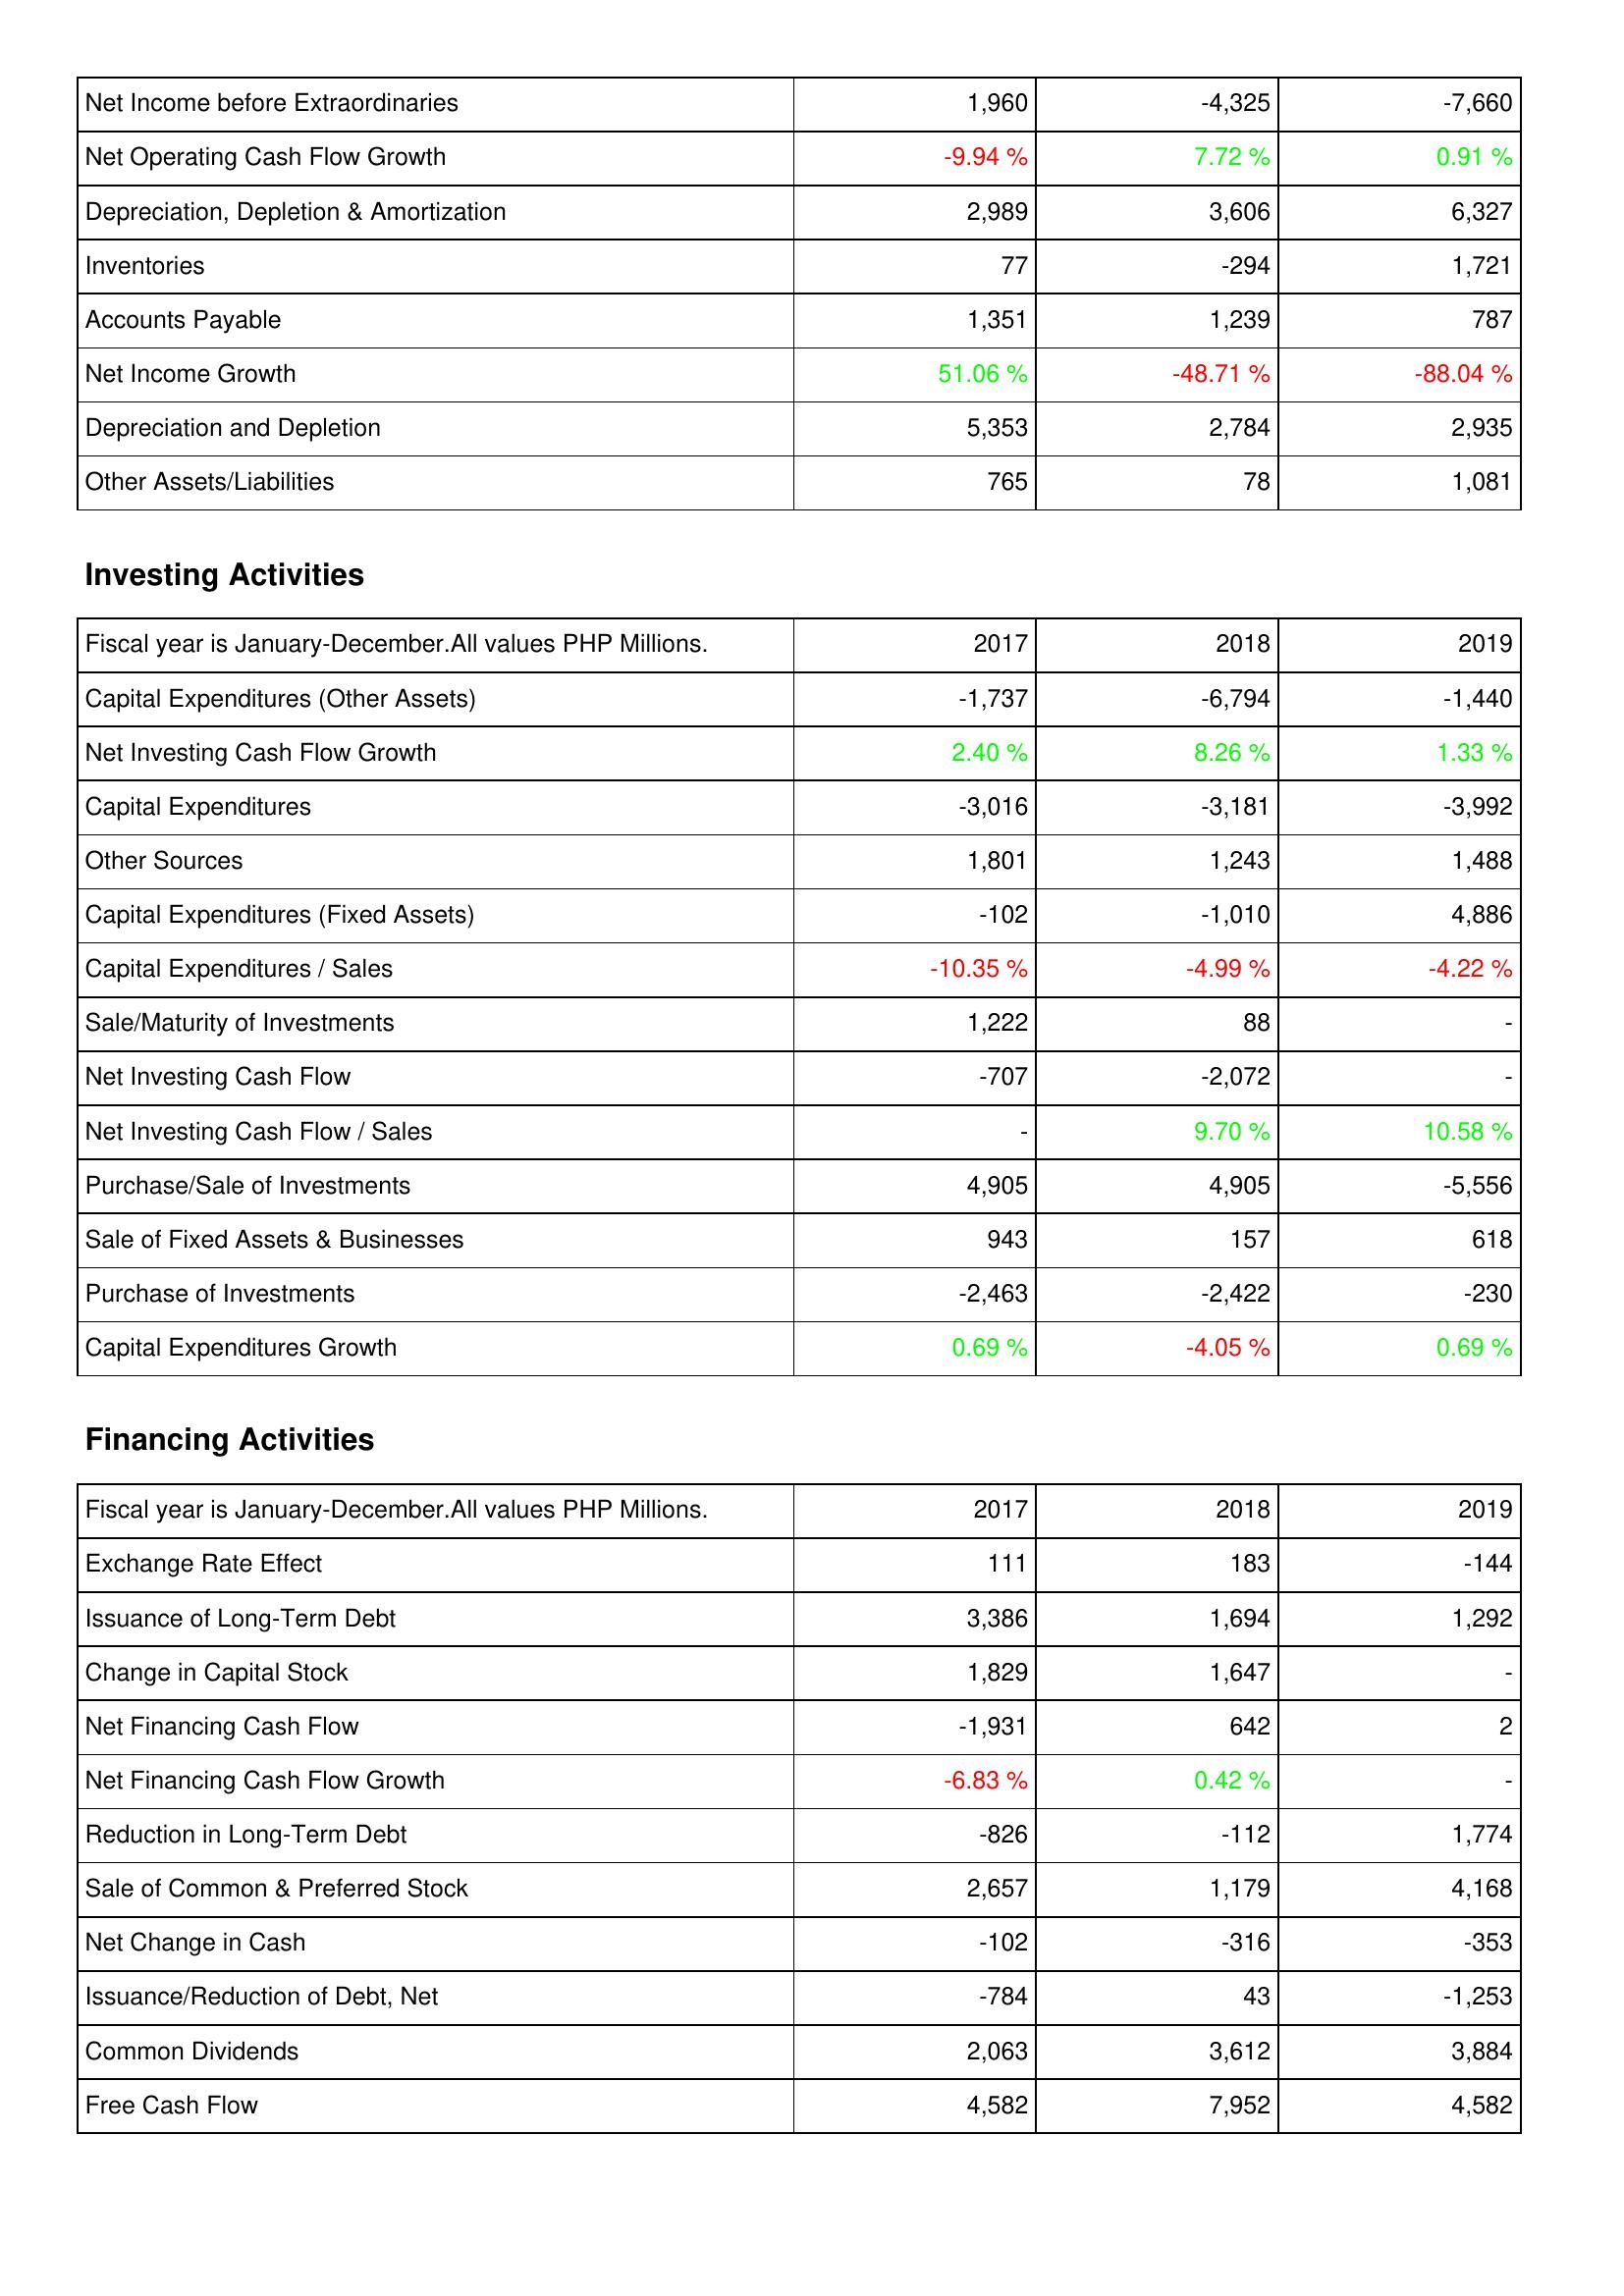
2017: Operating Activities: Net Income before Extraordinaries: 1,960
Net Operating Cash Flow Growth: -9.94 %
Depreciation, Depletion & Amortization: 2,989
Inventories: 77
Accounts Payable: 1,351
Net Income Growth: 51.06 %
Depreciation and Depletion: 5,353
Other Assets/Liabilities: 765
Investing Activities: Capital Expenditures (Other Assets): -1,737
Net Investing Cash Flow Growth: 2.40 %
Capital Expenditures: -3,016
Other Sources: 1,801
Capital Expenditures (Fixed Assets): -102
Capital Expenditures / Sales: -10.35 %
Sale/Maturity of Investments: 1,222
Net Investing Cash Flow: -707
Net Investing Cash Flow / Sales: -
Purchase/Sale of Investments: 4,905
Sale of Fixed Assets & Businesses: 943
Purchase of Investments: -2,463
Capital Expenditures Growth: 0.69 %
Financing Activities: Exchange Rate Effect: 111
Issuance of Long-Term Debt: 3,386
Change in Capital Stock: 1,829
Net Financing Cash Flow: -1,931
Net Financing Cash Flow Growth: -6.83 %
Reduction in Long-Term Debt: -826
Sale of Common & Preferred Stock: 2,657
Net Change in Cash: -102
Issuance/Reduction of Debt, Net: -784
Common Dividends: 2,063
Free Cash Flow: 4,582
2018: Operating Activities: Net Income before Extraordinaries: -4,325
Net Operating Cash Flow Growth: 7.72 %
Depreciation, Depletion & Amortization: 3,606
Inventories: -294
Accounts Payable: 1,239
Net Income Growth: -48.71 %
Depreciation and Depletion: 2,784
Other Assets/Liabilities: 78
Investing Activities: Capital Expenditures (Other Assets): -6,794
Net Investing Cash Flow Growth: 8.26 %
Capital Expenditures: -3,181
Other Sources: 1,243
Capital Expenditures (Fixed Assets): -1,010
Capital Expenditures / Sales: -4.99 %
Sale/Maturity of Investments: 88
Net Investing Cash Flow: -2,072
Net Investing Cash Flow / Sales: 9.70 %
Purchase/Sale of Investments: 4,905
Sale of Fixed Assets & Businesses: 157
Purchase of Investments: -2,422
Capital Expenditures Growth: -4.05 %
Financing Activities: Exchange Rate Effect: 183
Issuance of Long-Term Debt: 1,694
Change in Capital Stock: 1,647
Net Financing Cash Flow: 642
Net Financing Cash Flow Growth: 0.42 %
Reduction in Long-Term Debt: -112
Sale of Common & Preferred Stock: 1,179
Net Change in Cash: -316
Issuance/Reduction of Debt, Net: 43
Common Dividends: 3,612
Free Cash Flow: 7,952
2019: Operating Activities: Net Income before Extraordinaries: -7,660
Net Operating Cash Flow Growth: 0.91 %
Depreciation, Depletion & Amortization: 6,327
Inventories: 1,721
Accounts Payable: 787
Net Income Growth: -88.04 %
Depreciation and Depletion: 2,935
Other Assets/Liabilities: 1,081
Investing Activities: Capital Expenditures (Other Assets): -1,440
Net Investing Cash Flow Growth: 1.33 %
Capital Expenditures: -3,992
Other Sources: 1,488
Capital Expenditures (Fixed Assets): 4,886
Capital Expenditures / Sales: -4.22 %
Sale/Maturity of Investments: -
Net Investing Cash Flow: -
Net Investing Cash Flow / Sales: 10.58 %
Purchase/Sale of Investments: -5,556
Sale of Fixed Assets & Businesses: 618
Purchase of Investments: -230
Capital Expenditures Growth: 0.69 %
Financing Activities: Exchange Rate Effect: -144
Issuance of Long-Term Debt: 1,292
Change in Capital Stock: -
Net Financing Cash Flow: 2
Net Financing Cash Flow Growth: -
Reduction in Long-Term Debt: 1,774
Sale of Common & Preferred Stock: 4,168
Net Change in Cash: -353
Issuance/Reduction of Debt, Net: -1,253
Common Dividends: 3,884
Free Cash Flow: 4,582